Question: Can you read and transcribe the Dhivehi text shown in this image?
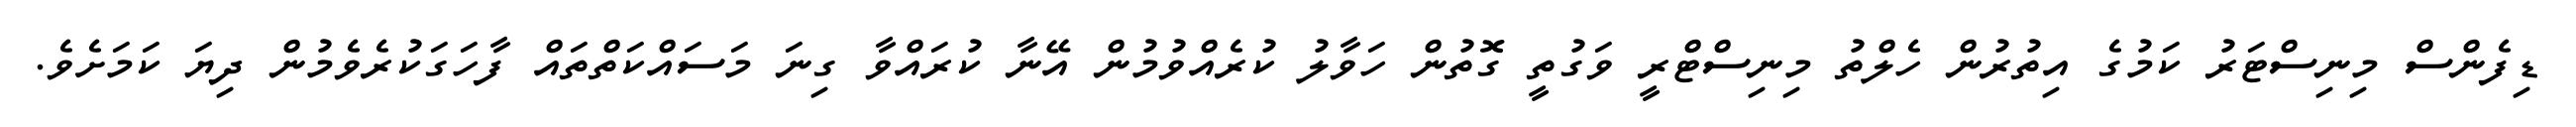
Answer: ޑިފެންސް މިނިސްޓަރު ކަމުގެ އިތުރުން ހެލްތު މިނިސްޓްރީ ވަގުތީ ގޮތުން ހަވާލު ކުރެއްވުމުން އޭނާ ކުރައްވާ ގިނަ މަސައްކަތްތައް ފާހަގަކުރެވެމުން ދިޔަ ކަމަށެވެ.